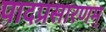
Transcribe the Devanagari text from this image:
पादप्रसारणम्